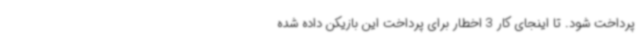
پرداخت شود. تا اینجای کار 3 اخطار برای پرداخت این بازیکن داده شده